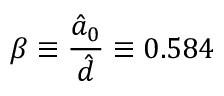
\beta \equiv \frac { \hat { a } _ { 0 } } { \hat { d } } \equiv 0 . 5 8 4